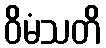
ဝိမံသတိ